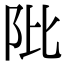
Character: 阰